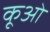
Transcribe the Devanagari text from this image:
कूओ